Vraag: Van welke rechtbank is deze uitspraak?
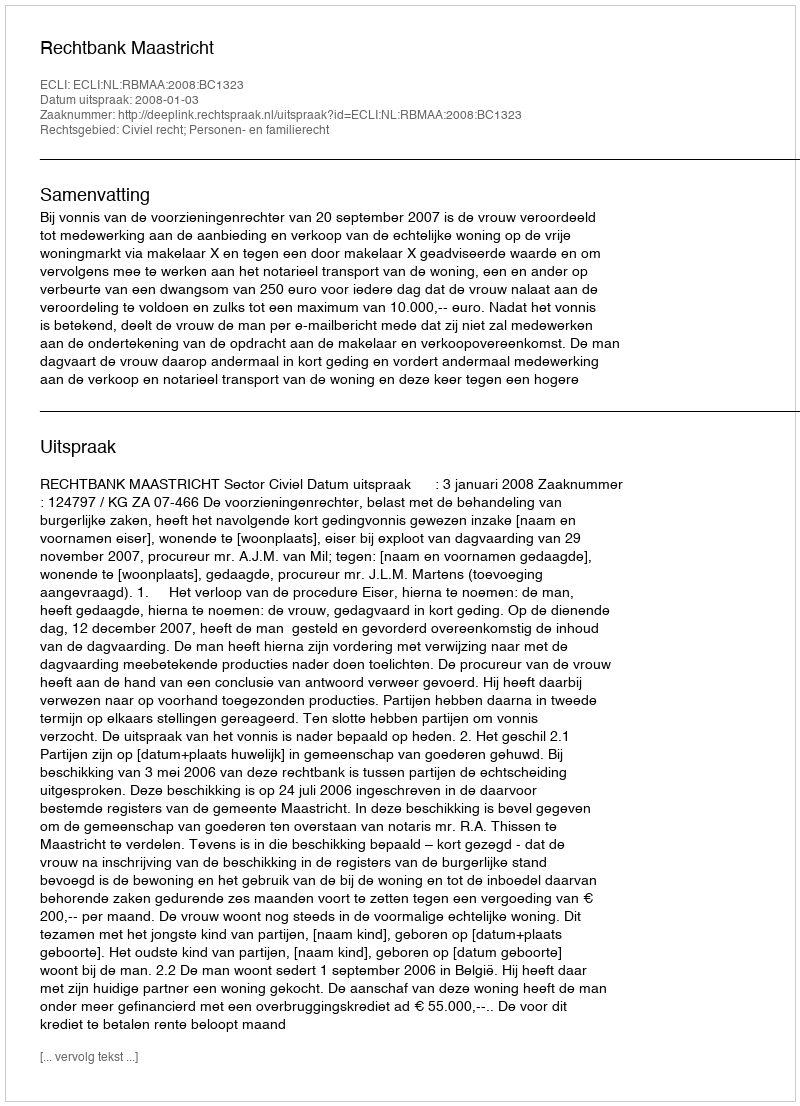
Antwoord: Rechtbank Maastricht